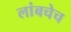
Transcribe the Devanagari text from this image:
लांबचेच